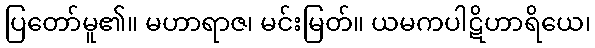
ပြတော်မူ၏။ မဟာရာဇ၊ မင်းမြတ်။ ယမကပါဋိဟာရိယေ၊